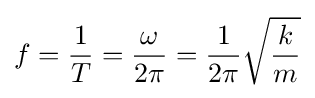
f={\frac {1}{T}}={\frac {\omega }{2\pi }}={\frac {1}{2\pi }}{\sqrt {\frac {k}{m}}}